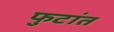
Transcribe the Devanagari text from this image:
फुटांत